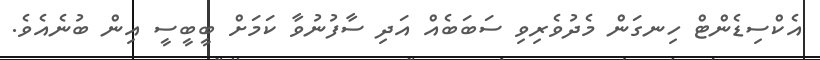
އެކްސިޑެންޓް ހިނގަން މެދުވެރިވި ސަބަބެއް އަދި ސާފުނުވާ ކަމަށް ބީބީސީ އިން ބުނެއެވެ.